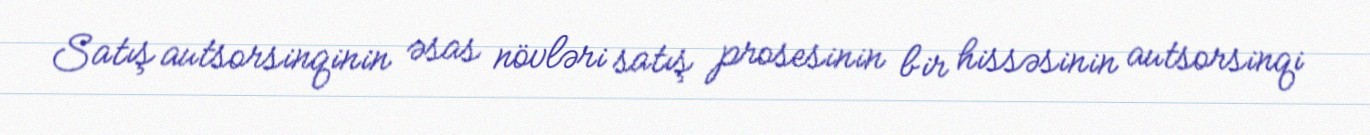
Satış autsorsinqinin əsas növləri satış prosesinin bir hissəsinin autsorsinqi